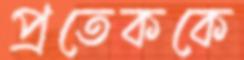
প্রতেককে